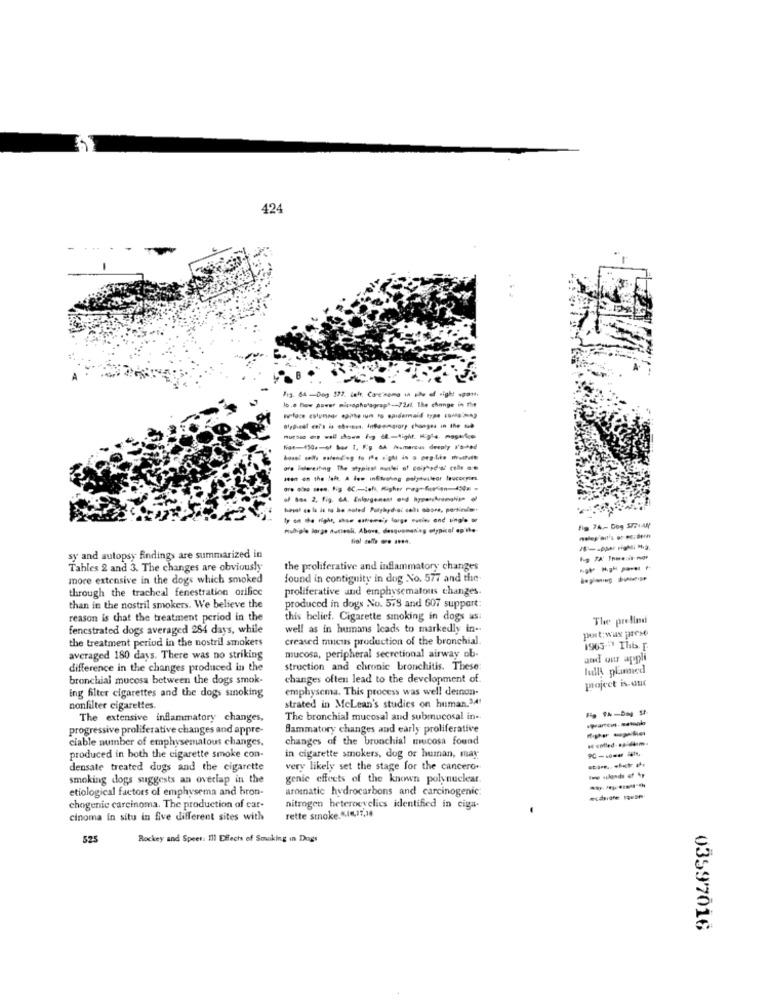
424
Fig. 64-Dog 197. Lett. Carcinoma in the af right span.
16 .. niew power mixsaphetagrapf --- /2st. The change in the
Muliple Jorge dutiesli, Above, desquaman'es otypical ap the
sy and autopsy findings are summarized in
Tables 2 and 3. The changes are obviously
the proliferative and inflammatory changes
more extensive in the dogs which smoked
found in contiguity in dog No. 577 and the-
through the tracheal fenestration orifice
proliferative and emphysematous changes.
than in the nostril smokers. We believe the
produced in dogs No. 575 and 607 support:
reason is that the treatment period in the
this belief. Cigarette smoking in dogs as:
The prelled
fencstrated dogs averaged 284 days, while
well as in humans leads to markedly in --
the treatment period in the nostril smokers
creased meus production of the bronchial.
port:wus prese
1965-7 Thb. [.
averaged 180 days. There was no striking
mucosa, peripheral secretional airway ob
and wir apholt
difference in the changes produced in the
struction and chronic bronchitis. These:
lullA plumed
bronchial mucosa between the dogs smok-
changes often lead to the development of
pojeet is-ant
ing filter cigarettes and the dogs smoking
emphysema. This process was well deinon-
nonfilter cigarettes.
strated in McLean's studies on human.34'
The extensive inflammatory changes,
The bronchial mucosal and submucosal in-
progressive proliferative changes and appre-
Bammatory changes and early proliferative
--
ciable number of emphysematous changes,
changes of the bronchial mucosa found
# called .....
produced in both the cigarette smoke con-
in cigarette smokers, dog or human, may
densate treated dugs and the cigarette
very likely set the stage for the cancero.
smoking dogs suggests an overlap in the
genie effects of the known polynuclear.
etiological factors of emphysema and hron-
aromatic hydrocarbons and carcinogenic:
chogenic carcinoma. The production of car-
nitrogen heteroevelies identified in ciga-
cinoma in situ in five different sites with
rette smoke. ".14,17,18
525
Rockey and Speer: Ill Effects of Soaking in Dogs
03597016